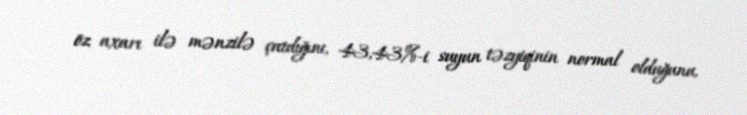
öz axarı ilə mənzilə çatdığını, 43,43%-i suyun təzyiqinin normal olduğunu,